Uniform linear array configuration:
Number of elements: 4
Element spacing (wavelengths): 0.75
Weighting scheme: hamming
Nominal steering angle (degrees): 0
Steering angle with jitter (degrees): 0.1088
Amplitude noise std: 0.05
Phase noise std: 0.05

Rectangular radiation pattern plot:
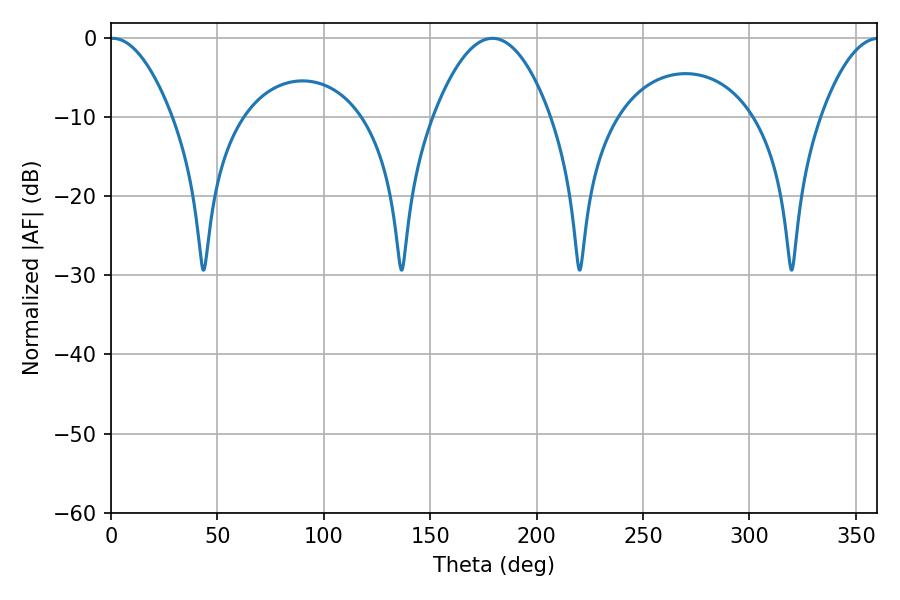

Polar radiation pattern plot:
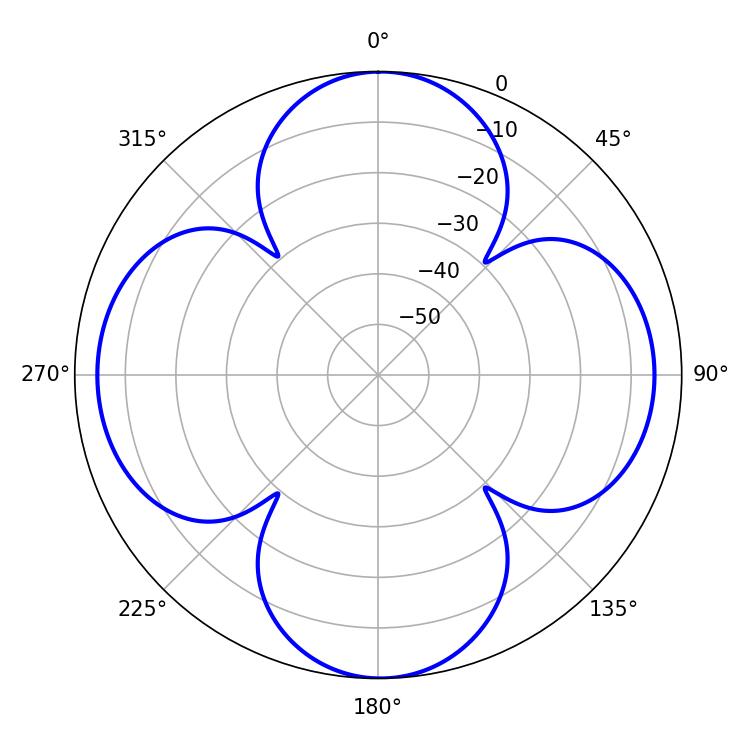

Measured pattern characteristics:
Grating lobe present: TRUE
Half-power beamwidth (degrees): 16.02
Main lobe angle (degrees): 0.72